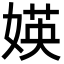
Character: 媖